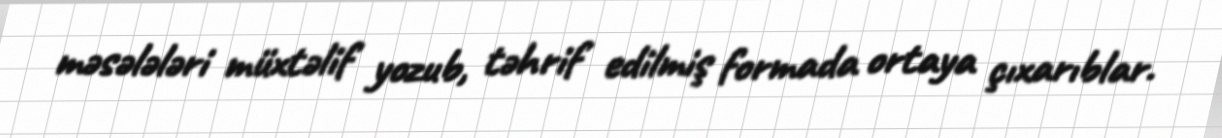
məsələləri müxtəlif yozub, təhrif edilmiş formada ortaya çıxarıblar.